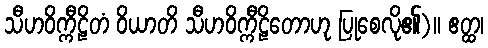
သီဟဝိက္ကီဠိတံ ဝိယာတိ သီဟဝိက္ကီဠိတောဟု ပြုစေလို၏)။ ဧတ္ထ၊